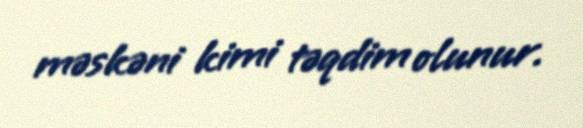
məskəni kimi təqdim olunur.